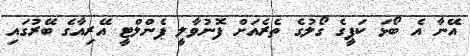
އޭނާ އެ ބޯޅަ ކަޕީގެ ގޯލުގެ ތެރެއަށް ފޮނުވާލީ ޕެންލްޓީ އޭރިއާގެ ބޭރުގައި